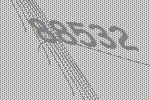
88532